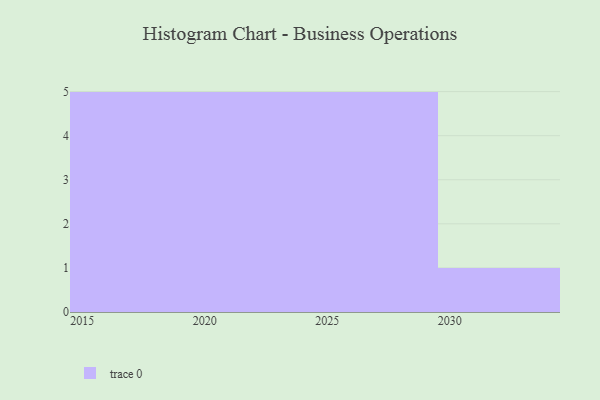
{"axis": {"x": "Year", "y": "Net Income (USD K)"}, "legend": [""], "data": [{"x": "2017", "y": 80, "type": ""}, {"x": "2020", "y": 82, "type": ""}, {"x": "2023", "y": 64, "type": ""}, {"x": "2030", "y": 95, "type": ""}, {"x": "2029", "y": 23, "type": ""}, {"x": "2027", "y": 95, "type": ""}, {"x": "2025", "y": 70, "type": ""}, {"x": "2021", "y": 30, "type": ""}, {"x": "2016", "y": 39, "type": ""}, {"x": "2022", "y": 88, "type": ""}, {"x": "2026", "y": 66, "type": ""}, {"x": "2019", "y": 69, "type": ""}, {"x": "2024", "y": 62, "type": ""}, {"x": "2018", "y": 49, "type": ""}, {"x": "2015", "y": 41, "type": ""}, {"x": "2028", "y": 94, "type": ""}]}